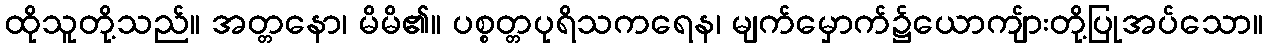
ထိုသူတို့သည်။ အတ္တနော၊ မိမိ၏။ ပစ္စတ္တပုရိသကရေန၊ မျက်မှောက်၌ယောကျ်ားတို့ပြုအပ်သော။